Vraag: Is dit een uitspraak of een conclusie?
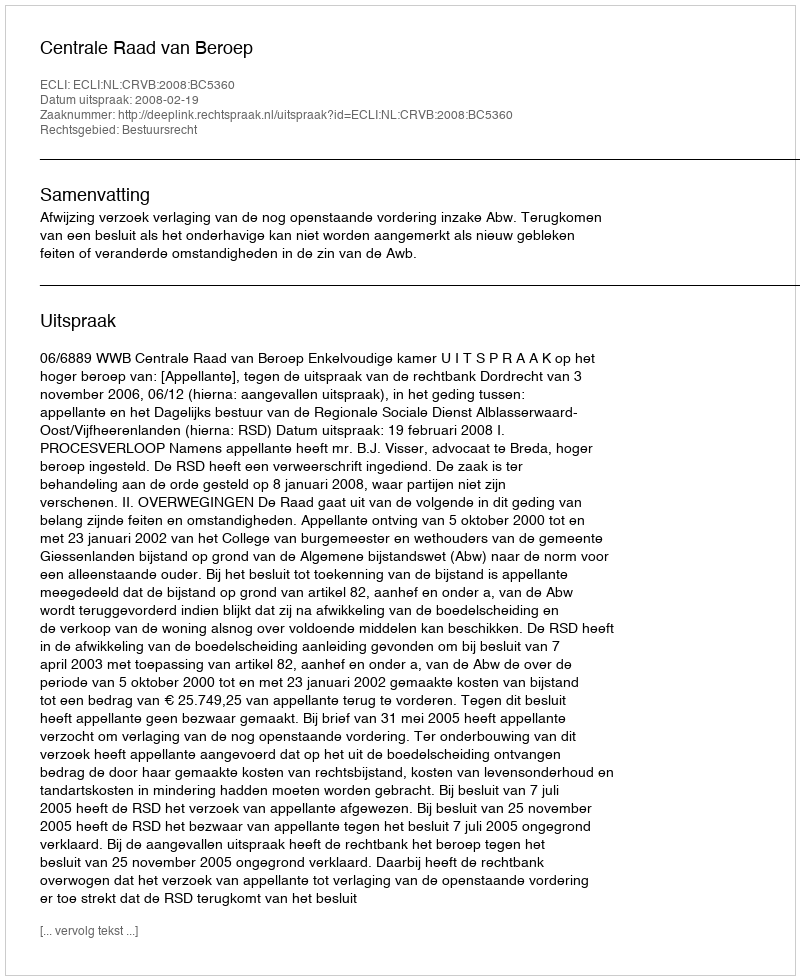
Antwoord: Uitspraak